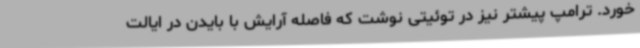
خورد. ترامپ پیشتر نیز در توئیتی نوشت که فاصله آرایش با بایدن در ایالت